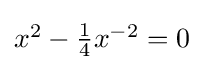
{\textstyle x^{2}-{\tfrac {1}{4}}x^{-2}=0}